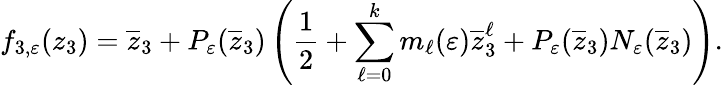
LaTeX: f_{3,{\varepsilon}}(z_{3})=\overline{{z}}_{3}+P_{\varepsilon}(\overline{{z}}_{3})\left(\frac 12+\sum_{\ell=0}^{k}m_{\ell}({\varepsilon})\overline{{z}}_{3}^{\ell}+P_{\varepsilon}(\overline{{z}}_{3})N_{\varepsilon}(\overline{{z}}_{3})\right).